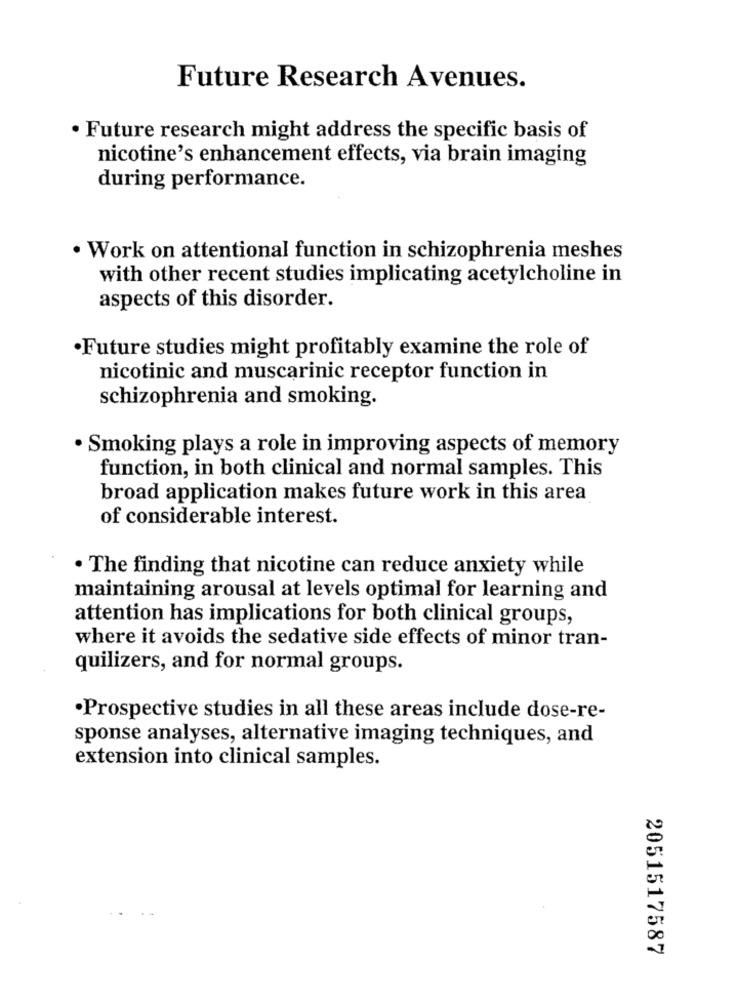
Future Research Avenues.
· Future research might address the specific basis of
nicotine's enhancement effects, via brain imaging
during performance.
· Work on attentional function in schizophrenia meshes
with other recent studies implicating acetylcholine in
aspects of this disorder.
·Future studies might profitably examine the role of
nicotinic and muscarinic receptor function in
schizophrenia and smoking.
· Smoking plays a role in improving aspects of memory
function, in both clinical and normal samples. This
broad application makes future work in this area
of considerable interest.
. The finding that nicotine can reduce anxiety while
maintaining arousal at levels optimal for learning and
attention has implications for both clinical groups,
where it avoids the sedative side effects of minor tran-
quilizers, and for normal groups.
·Prospective studies in all these areas include dose-re-
sponse analyses, alternative imaging techniques, and
extension into clinical samples.
2051517587